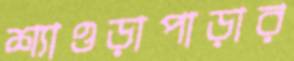
শ্যাওড়াপাড়ার